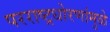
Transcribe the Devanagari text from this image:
परराष्ट्रधोरणांमुळे